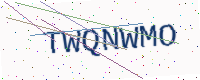
Text: TWQNWMO